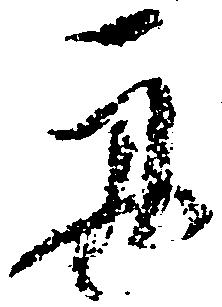
舟